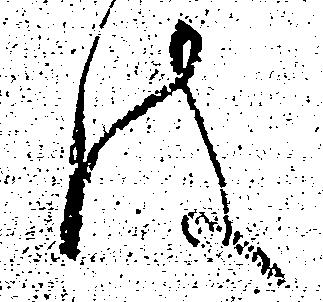
は